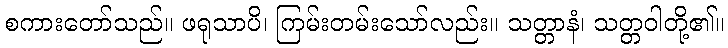
စကားတော်သည်။ ဖရုသာပိ၊ ကြမ်းတမ်းသော်လည်း။ သတ္တာနံ၊ သတ္တဝါတို့၏။